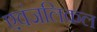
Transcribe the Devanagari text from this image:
एवंजलिकल